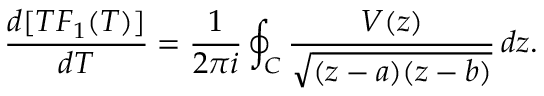
\frac { d [ T F _ { 1 } ( T ) ] } { d T } = \frac { 1 } { 2 \pi i } \oint _ { C } \frac { V ( z ) } { \sqrt { ( z - a ) ( z - b ) } } \, d z .